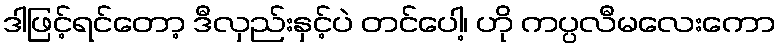
ဒါဖြင့်ရင်တော့ ဒီလှည်းနှင့်ပဲ တင်ပေါ့၊ ဟို ကပ္ပလီမလေးကော